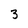
Character: 3